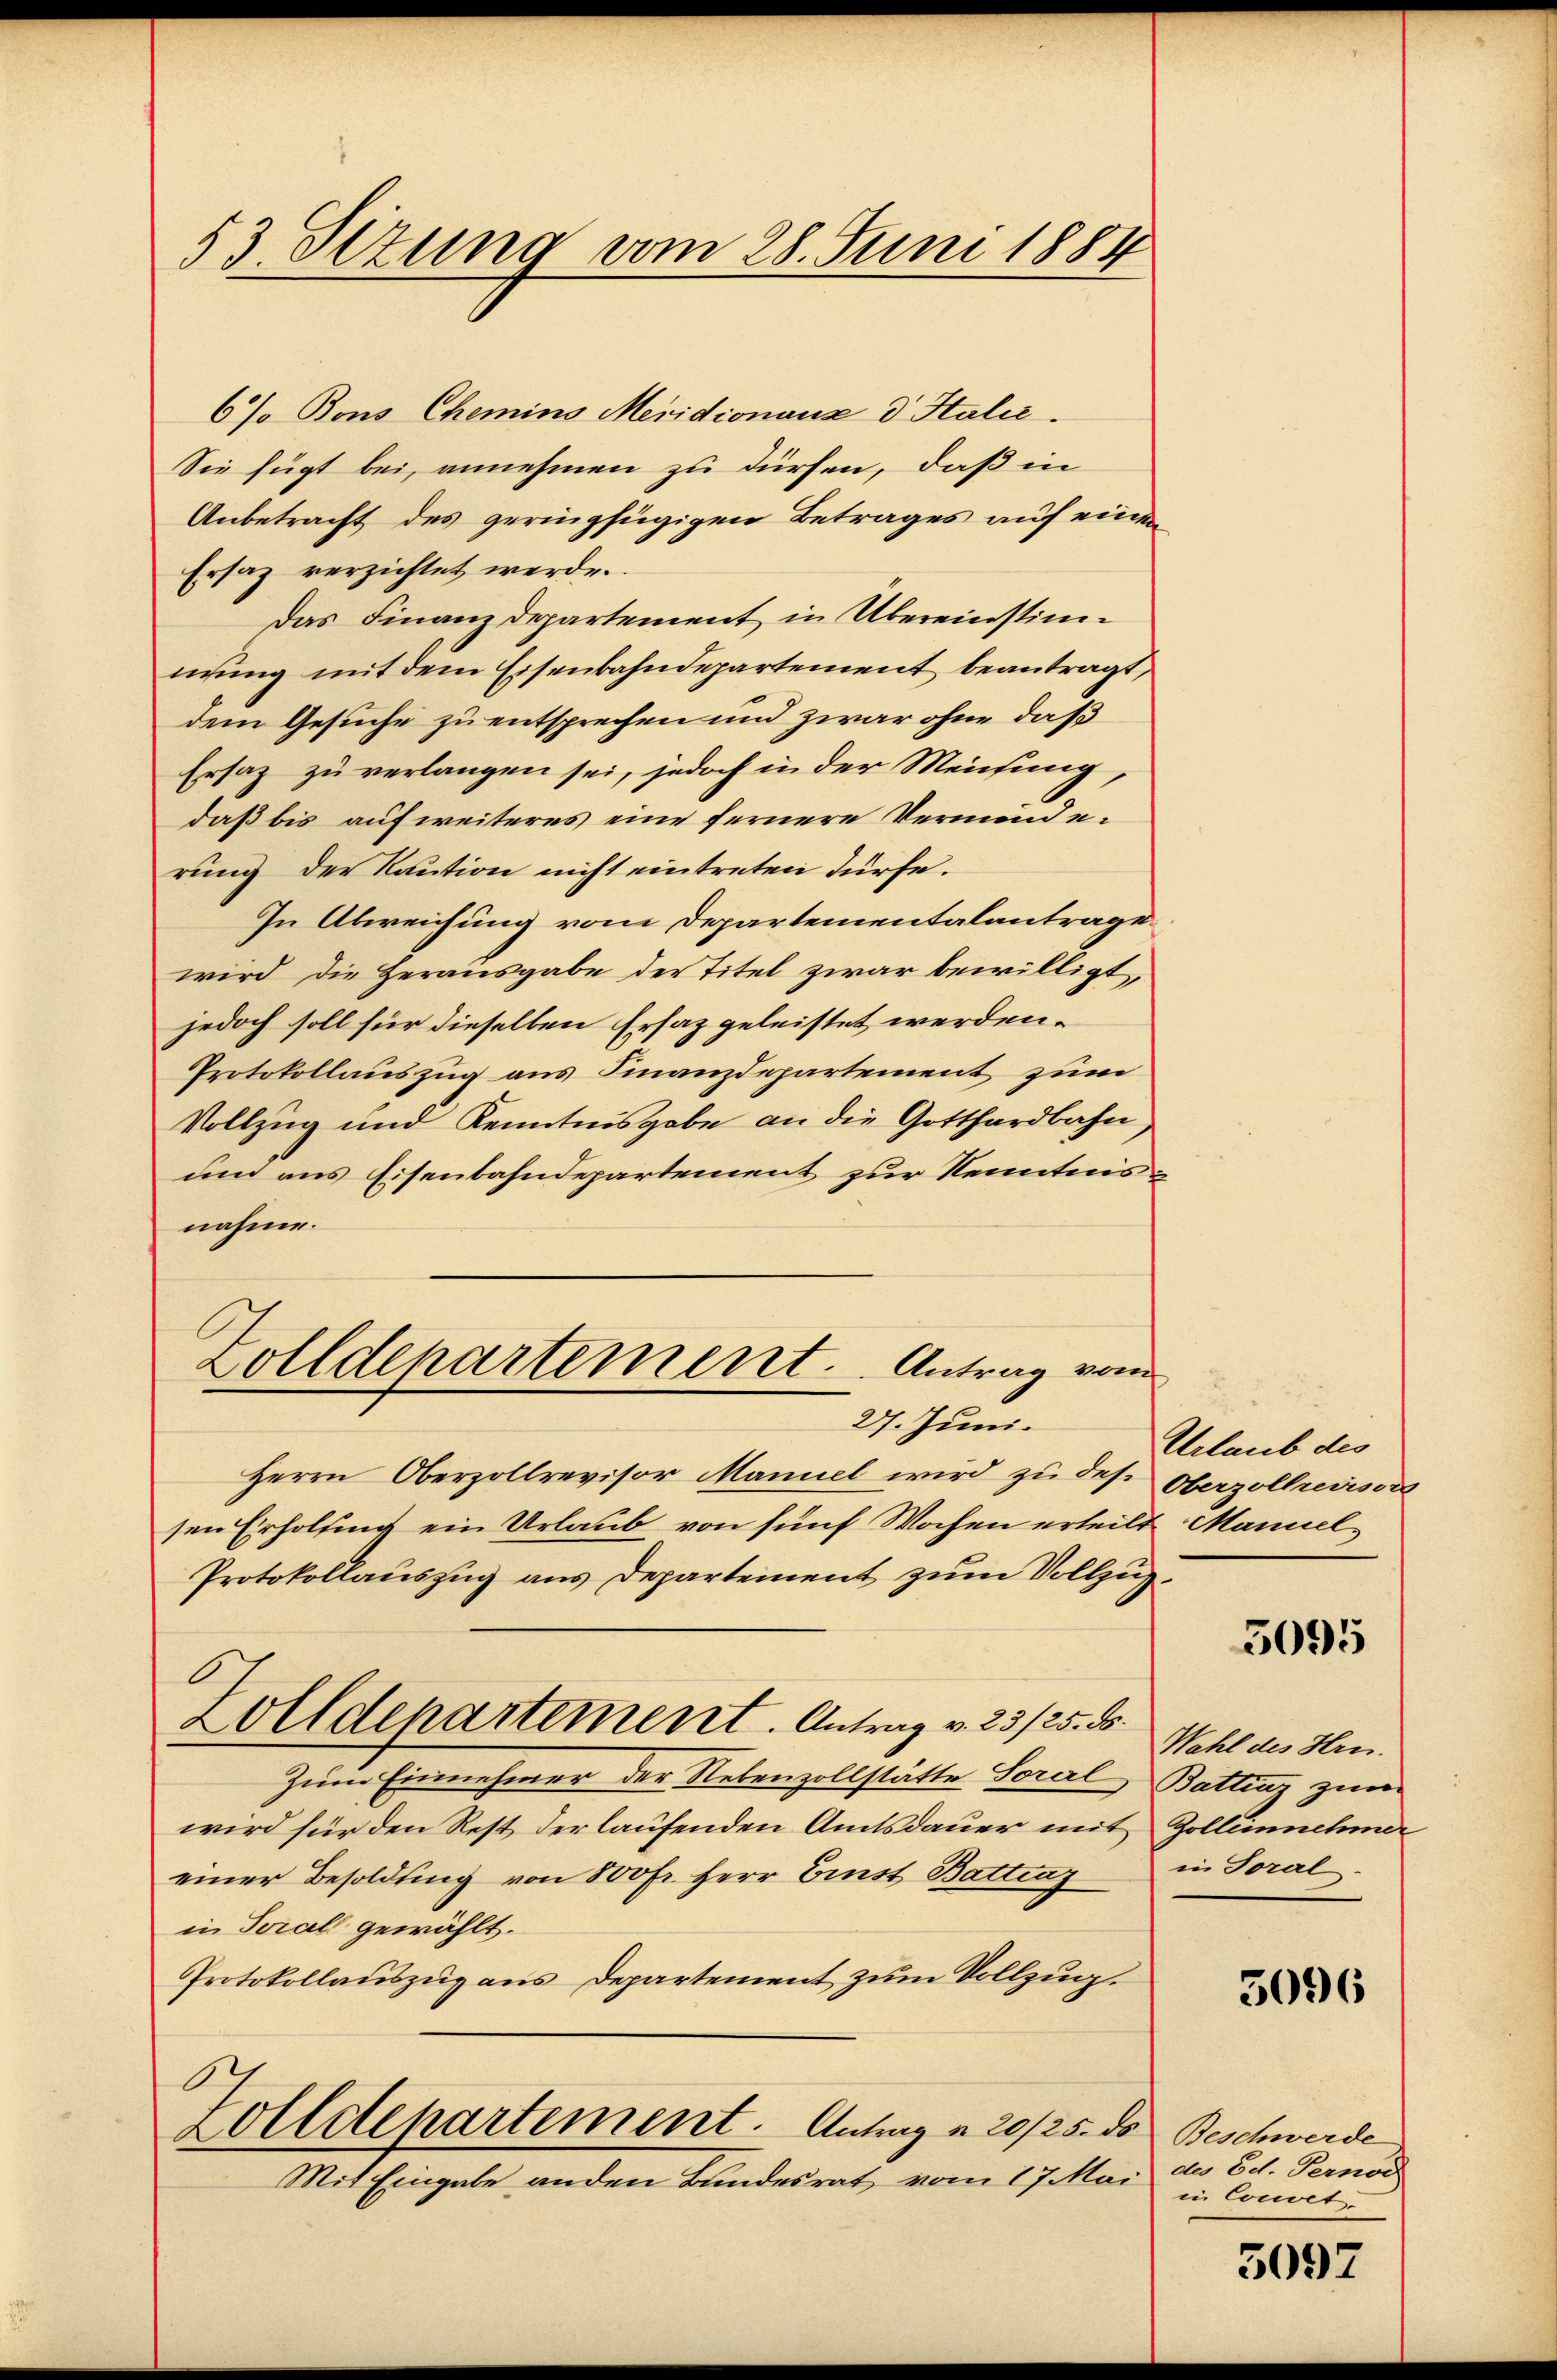
53. Sezung vom 28. Juni 1884

6% Bons Chemins Meridionauz d Italie
Sie fügt bei, annehmen zu dürfen, daß in
Anbetracht des geringfügigen Betrages auf einen
Ersaz verzichtet werde.
Das Finanzdepartement in Übereinstimmung mit dem Eisenbahndepartement beantragt,
dem Gesuche zu entsprechen und zwar ohne daß
Ersatz zu verlangen sei, jedoch in der Meichung,
daß bis aufweiteres eine fernere Verminderung der Kaution nicht eintreten dürfe.
In Abweichung vom Departementalantrage
wird die Herausgabe der Titel zwar bewilligt,
jedoch soll für dieselben Ersaz geleistet werden.
Protokollauszug aus Finanzdepartement zum
Vollzug und Kenntnisgabe an die Gotthardbahn,
un aus Eisenbahndepartement zur Kenntnisnahme.
Zolldepartement. Antrag vom
27. Juni.
Herrn Oberzollrevisor Mannel wird zu des Oberzollrevisor
sen Erholung ein Urlaub von fünf Wochen erteilt. Manuel
Protokollauszug aus Departement zum Vollzug¬
.
Zolldepartement. Antrag v. 23 /25. ds.
Zum Einnehmer der Nebenzollstätte Soral, Batting zum
wird für den Rest der laufenden Amtsdauer mit Zollennehmer
einer Besoldung von 800fr. Herr Einst Battraz
in Toral gewählt.
Protokollauszug aus Departement zum Vollzug.
O
Zolldepartement. Antrag a 20/25. ds Beschwerde
Mit Eingabe anden Bundesrat vom 17. Mai

Urlaub des

5095

Wahl des Hrn.
in Toral.

5096

der Ed. Fernoc
in Convet.

5097